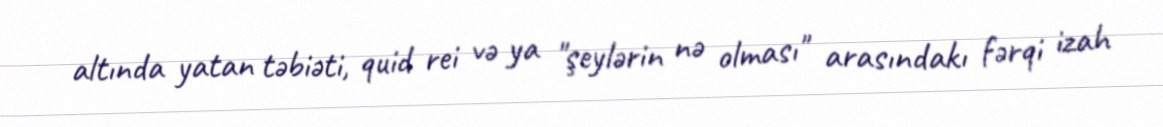
altında yatan təbiəti, quid rei və ya "şeylərin nə olması" arasındakı fərqi izah